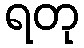
ရတု